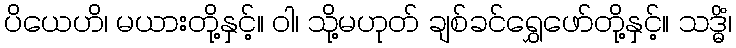
ပိယေဟိ၊ မယားတို့နှင့်။ ဝါ၊ သို့မဟုတ် ချစ်ခင်ရွှေဖော်တို့နှင့်။ သဒ္ဓိံ၊